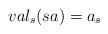
\begin{align*}val_{s}(sa)=a_{s}\end{align*}